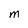
Character: M